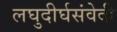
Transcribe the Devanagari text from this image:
लघुदीर्घसंवेदी